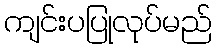
ကျင်းပပြုလုပ်မည်